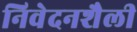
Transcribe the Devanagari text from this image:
निवेदनशैली